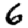
Digit: 6